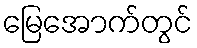
မြေအောက်တွင်